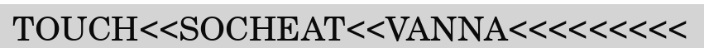
TOUCH<<SOCHEAT<<VANNA<<<<<<<<<